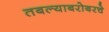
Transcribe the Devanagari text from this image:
तबल्याबरोबरचे